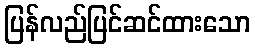
ပြန်လည်ပြင်ဆင်ထားသော